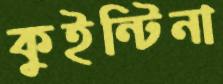
কুইন্টিনা